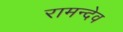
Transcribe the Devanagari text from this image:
रामन्देव